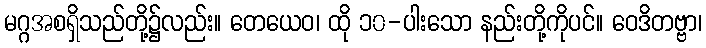
မဂ္ဂအစရှိသည်တို့၌လည်း။ တေယေဝ၊ ထို ၁၀-ပါးသော နည်းတို့ကိုပင်။ ဝေဒိတဗ္ဗာ၊